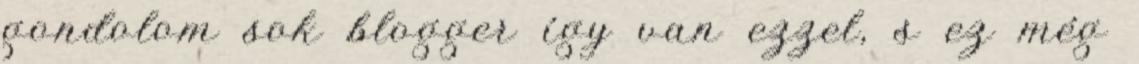
gondolom sok blogger így van ezzel, s ez még